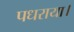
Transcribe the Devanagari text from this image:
पधराया।